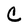
Character: C